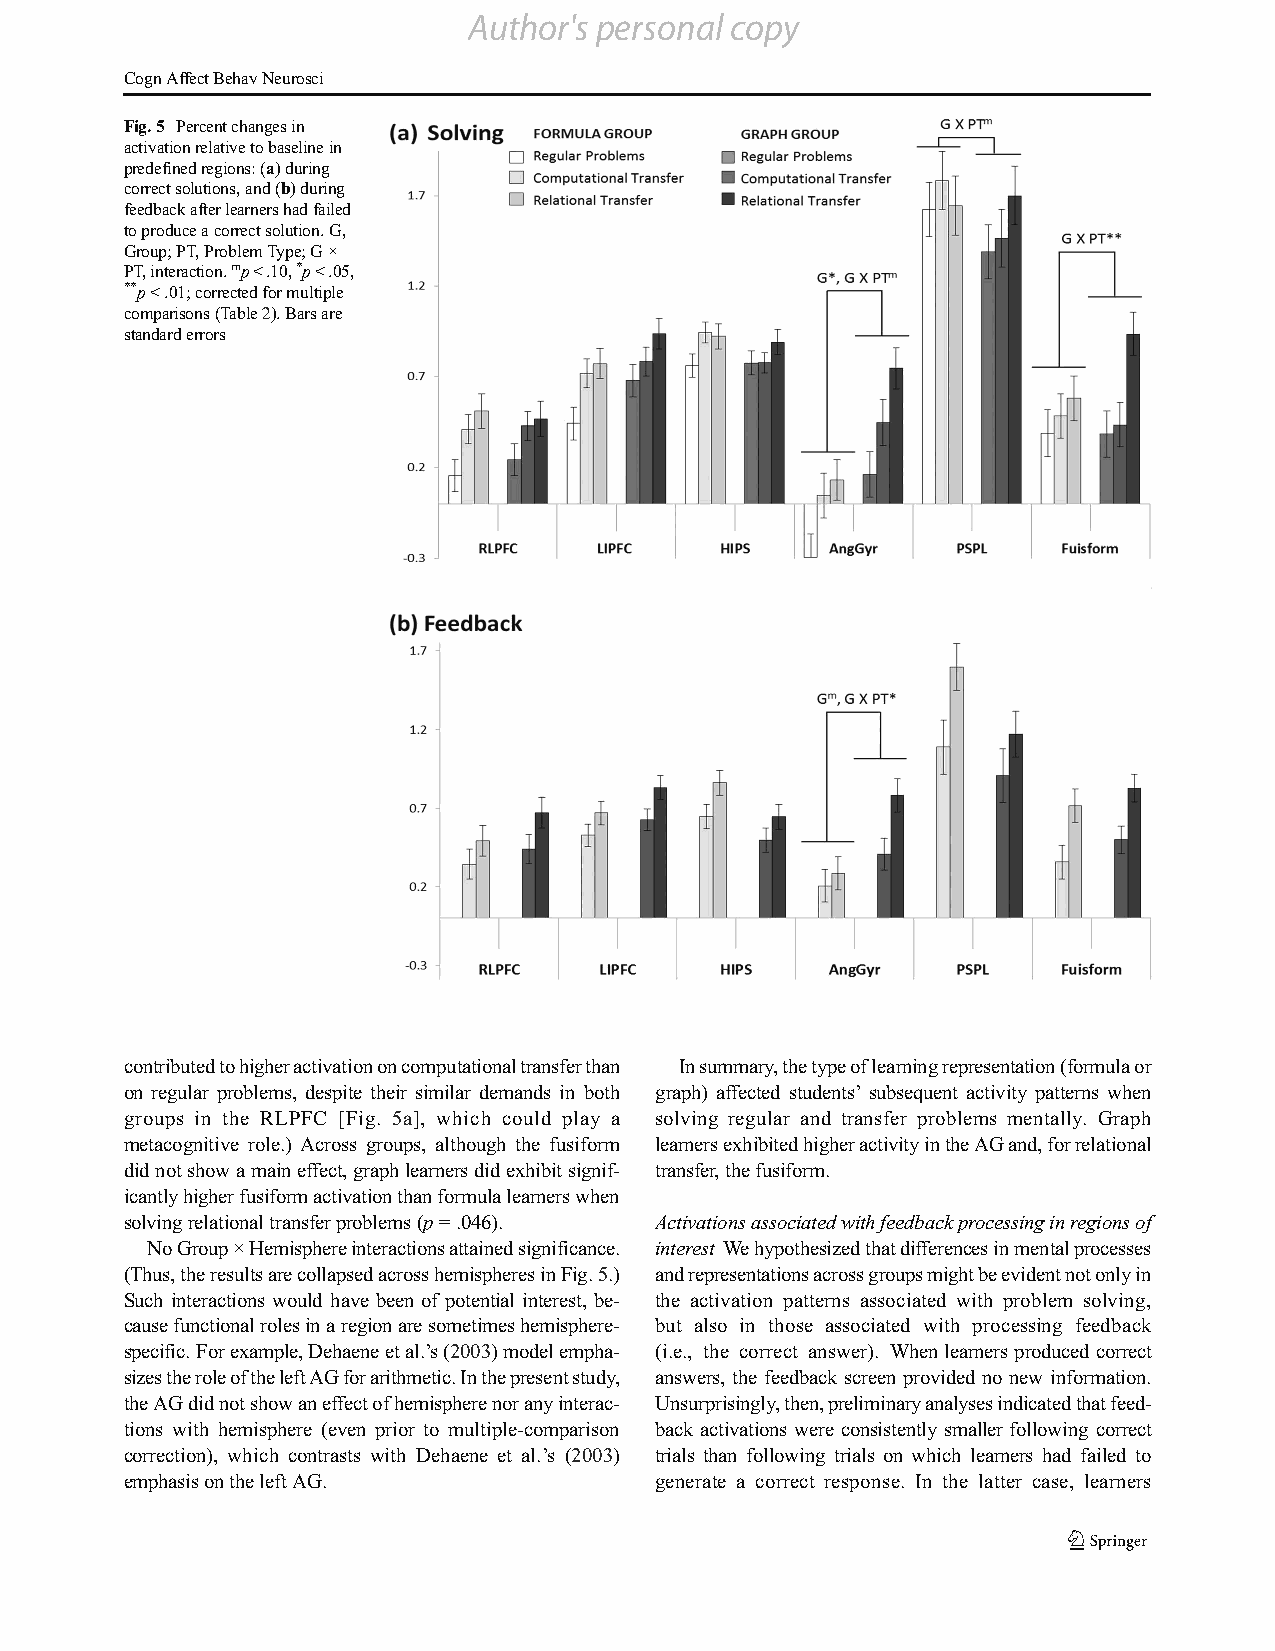
Author's personal copy
 CognAffectBehavNeurosci
 Fig.5 Percentchangesin
 activationrelativetobaselinein
 predefinedregions:(a)during
 correctsolutions,and(b)during
 feedbackafterlearnershadfailed
 toproduceacorrectsolution.G,
 Group;PT,ProblemType;G×
 PT,interaction.mp<.10,*p<.05,
 **p<.01;correctedformultiple
 comparisons(Table2).Barsare
 standarderrors
 contributedtohigheractivationoncomputationaltransferthan Insummary,thetypeoflearningrepresentation(formulaor
 on regular problems, despite their similar demands in both graph) affected students’ subsequent activity patterns when
 groups in the RLPFC [Fig. 5a], which could play a solving regular and transfer problems mentally. Graph
 metacognitive role.) Across groups, although the fusiform learnersexhibitedhigheractivityintheAGand,forrelational
 didnotshowamaineffect,graphlearnersdidexhibitsignif- transfer,thefusiform.
 icantlyhigherfusiformactivationthanformulalearnerswhen
 solvingrelationaltransferproblems(p=.046). Activationsassociatedwithfeedbackprocessinginregionsof
 NoGroup×Hemisphereinteractionsattainedsignificance. interest Wehypothesizedthatdifferencesinmentalprocesses
 (Thus,theresultsarecollapsedacrosshemispheresinFig.5.) andrepresentationsacrossgroupsmightbeevidentnotonlyin
 Such interactions would have been of potential interest, be- the activation patterns associated with problem solving,
 causefunctionalrolesinaregionaresometimeshemisphere- but also in those associated with processing feedback
 specific.Forexample,Dehaeneetal.’s(2003)modelempha- (i.e., the correct answer). Whenlearnersproducedcorrect
 sizestheroleoftheleftAGforarithmetic.Inthepresentstudy, answers, the feedback screen provided no new information.
 theAGdidnotshowaneffectofhemispherenoranyinterac- Unsurprisingly,then,preliminaryanalysesindicatedthatfeed-
 tions with hemisphere (even prior to multiple-comparison back activations were consistently smaller following correct
 correction), which contrasts with Dehaene et al.’s (2003) trials than following trials on which learners had failed to
 emphasisontheleftAG.               generate a correct response. In the latter case, learners